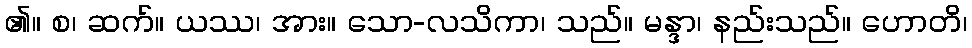
၏။ စ၊ ဆက်။ ယဿ၊ အား။ သော-လသိကာ၊ သည်။ မန္ဒာ၊ နည်းသည်။ ဟောတိ၊